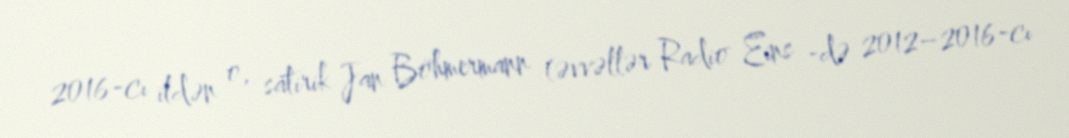
2016-cı ildən o, satirik Jan Böhmermann (əvvəllər Radio Eins -də 2012–2016-cı